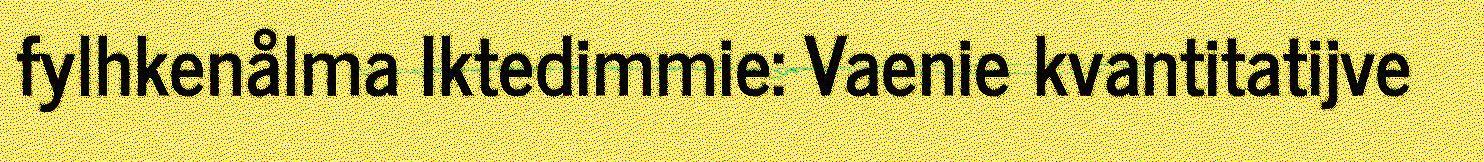
fylhkenålma Iktedimmie: Vaenie kvantitatijve